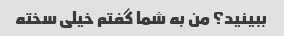
ببینید؟ من به شما گفتم خیلی سخته